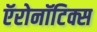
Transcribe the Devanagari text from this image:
ऍरोनॉटिक्स